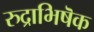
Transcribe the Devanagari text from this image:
रुद्राभिषॆक